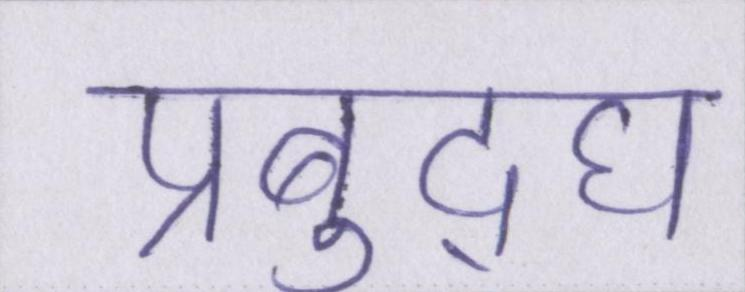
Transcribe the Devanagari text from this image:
प्रबुद्घ